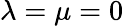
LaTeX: \lambda=\mu=0